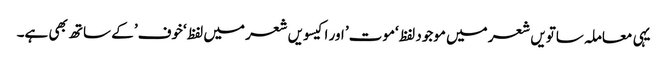
یہی معاملہ ساتویں شعر میں موجود لفظ ‘موت’ اور اکیسویں شعر میں لفظ ‘خوف’ کے ساتھ بھی ہے۔